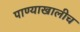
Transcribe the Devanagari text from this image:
पाण्याखालीच